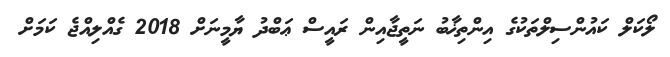
ލޯކަލް ކައުންސިލްތަކުގެ އިންތިޚާބު ނަތީޖާއިން ރައީސް ޢަބްދު ޔާމީނަށް 2018 ގެއްލިއްޖެ ކަމަށް